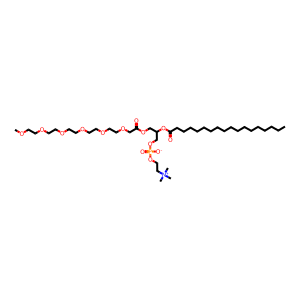
SMILES: CCCCCCCCCCCCCCCCCC(=O)OC(COC(=O)COCCOCCOCCOCCOCCOC)COP(=O)([O-])OCC[N+](C)(C)C
Inhibits HIV replication: No